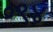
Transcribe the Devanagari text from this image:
०९४